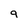
Character: g